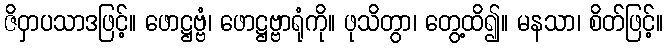
ဇိဝှာပသာဒဖြင့်။ ဖောဋ္ဌဗ္ဗံ၊ ဖောဋ္ဌဗ္ဗာရုံကို။ ဖုသိတွာ၊ တွေ့ထိ၍။ မနသာ၊ စိတ်ဖြင့်။